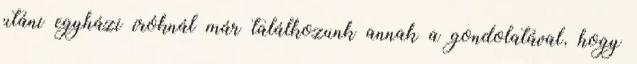
utáni egyházi íróknál már találkozunk annak a gondolatával, hogy